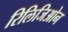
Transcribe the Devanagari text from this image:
रिलिजिओन